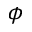
\phi